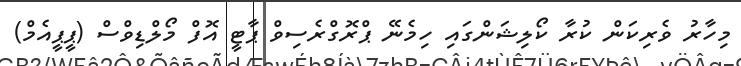
މިހާރު ވެރިކަން ކުރާ ކޯލިޝަންގައި ހިމެނޭ ޕްރޮގްރެސިވް ޕާޓީ އޮފް މޯލްޑިވްސް (ޕީޕީއެމް)